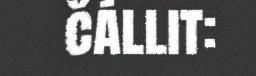
čállit: